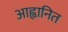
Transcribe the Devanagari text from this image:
आह्वानित